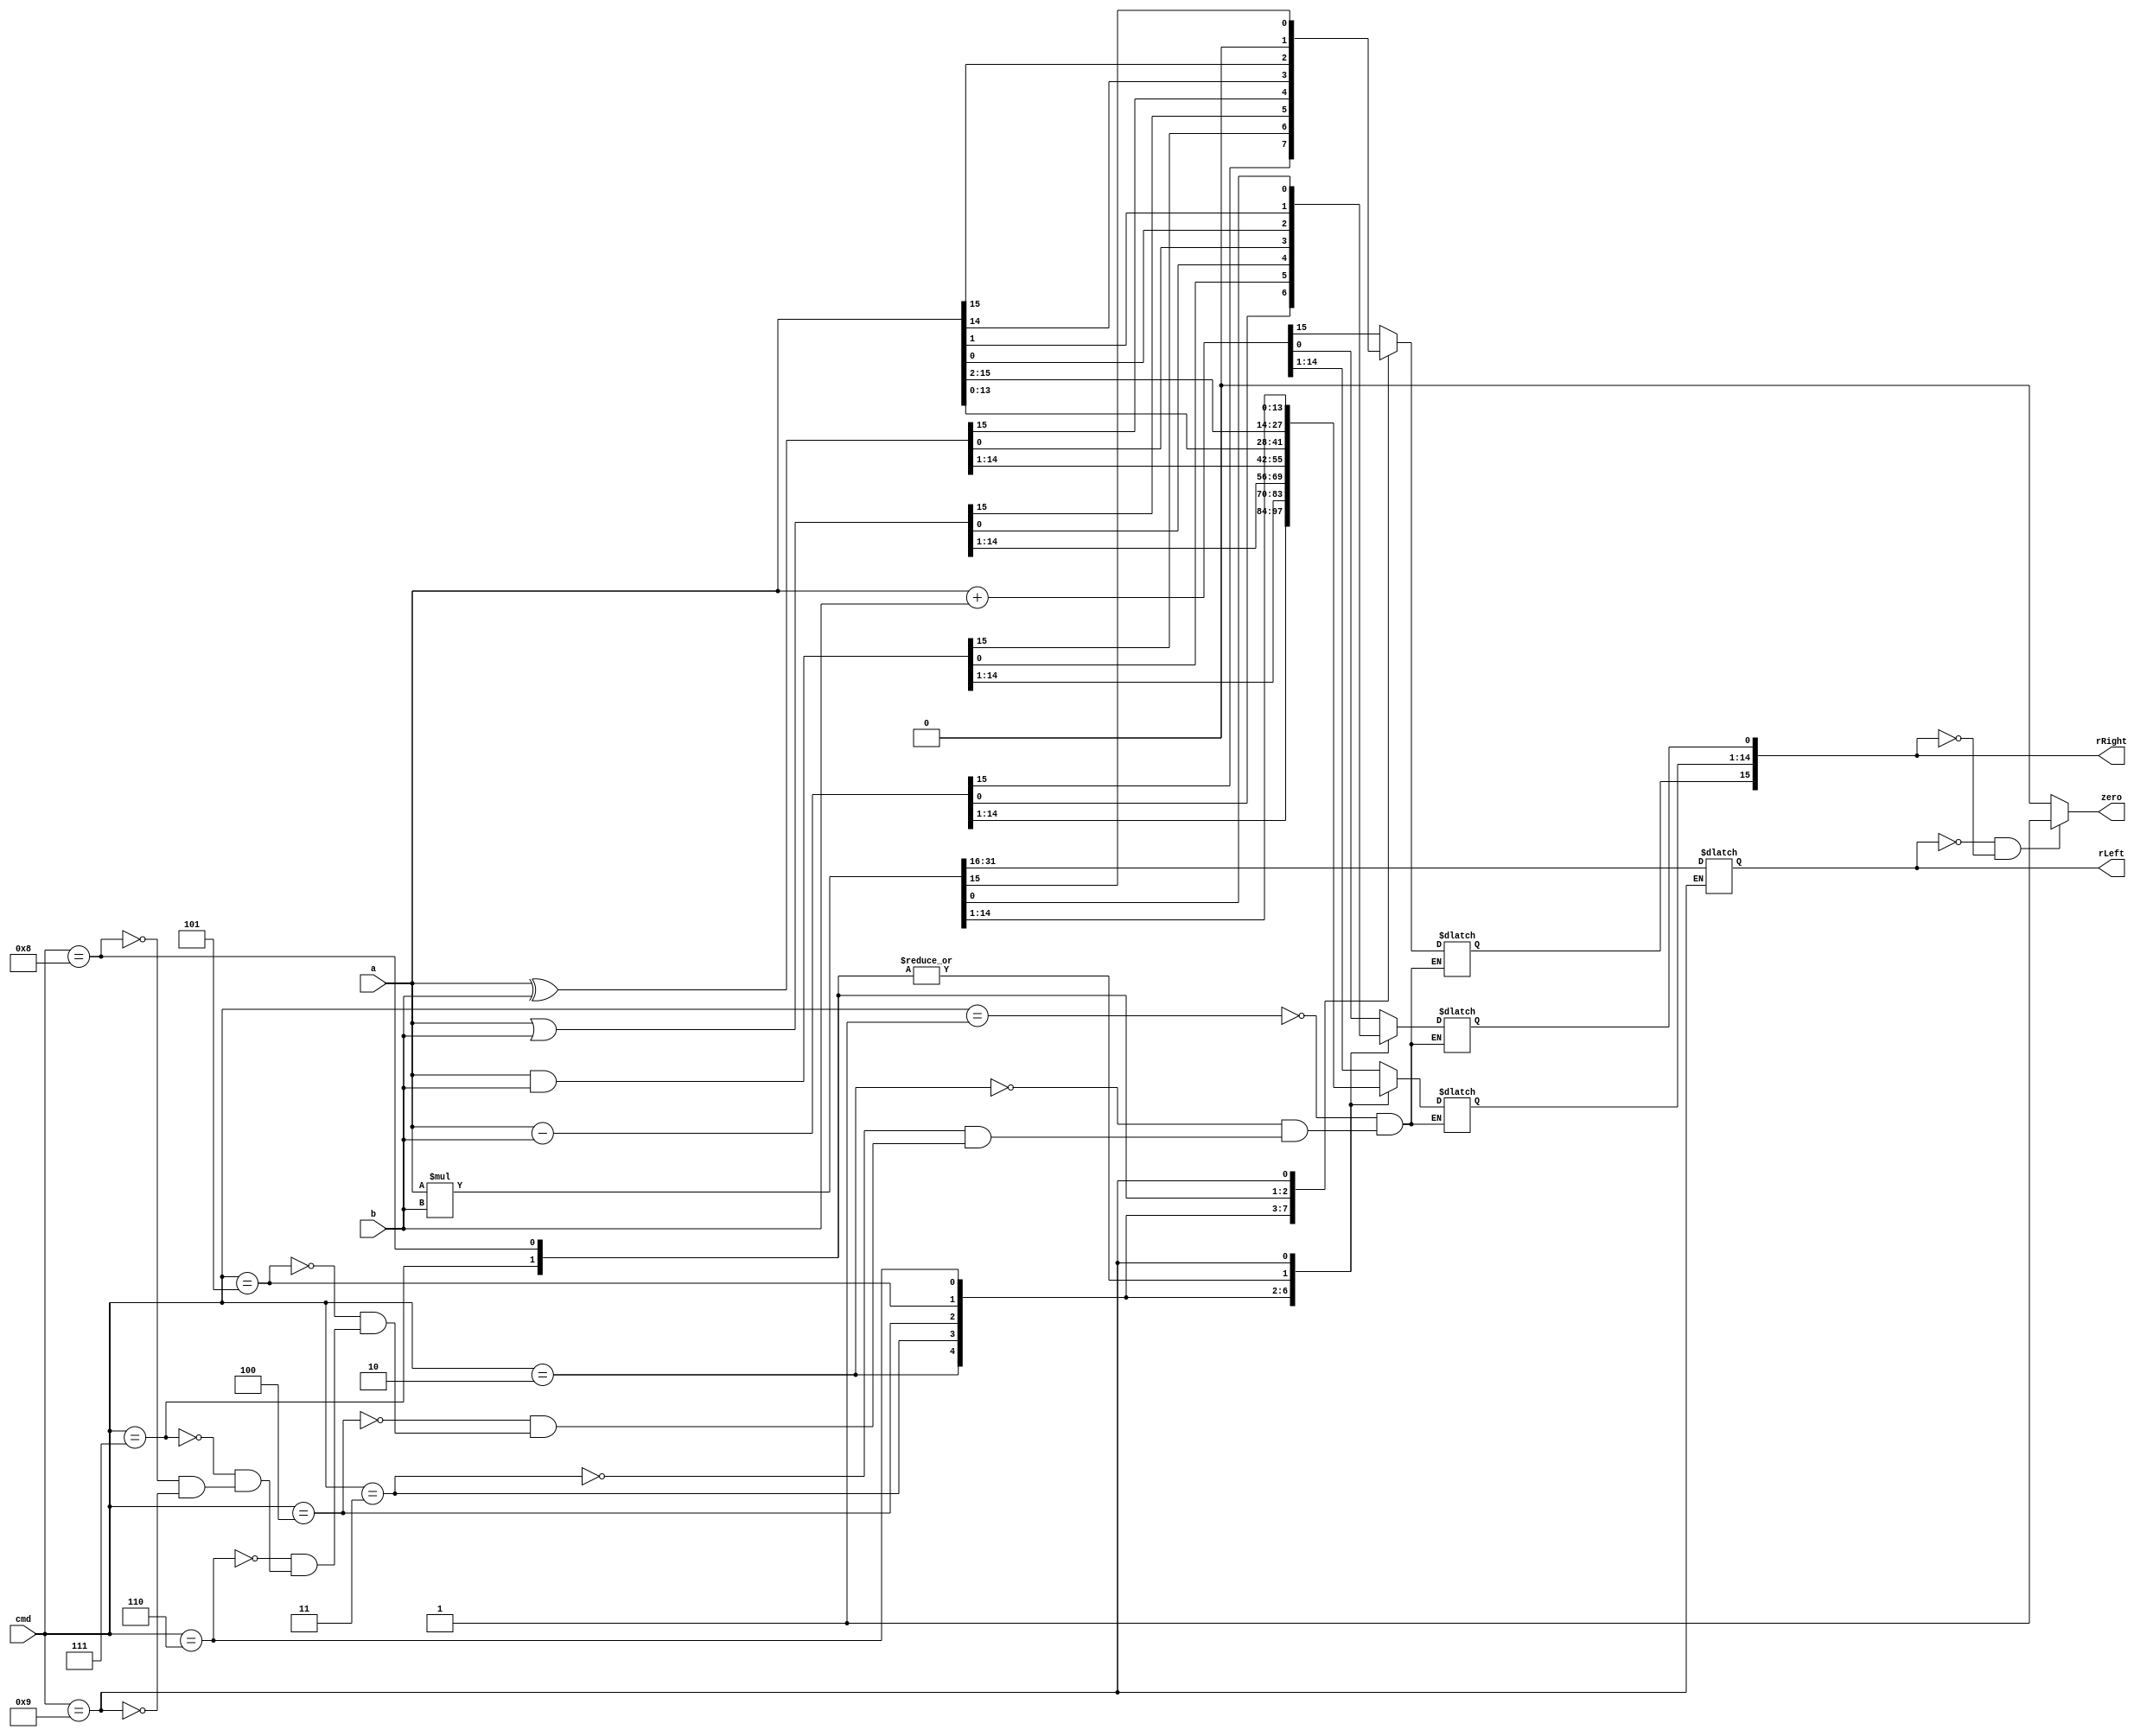
module ALU (
  input      [15:0] a,
  input      [15:0] b,
  input      [3:0]  cmd,
  output reg [15:0] rLeft,
  output reg [15:0] rRight,
  output zero
);

  always@(a, b, cmd) begin
    case(cmd) 
      //no op
       //add
      1: rRight = a + b;
      //sub
      2: rRight = a - b;
      //and
      3: rRight = a & b;
      //or
      4: rRight = a | b;
      //xor
      5: rRight = a ^ b;
      //sl
      6: begin rRight[15:1] = a[14:0]; rRight[0]=  a[0]; end
      //sr
      7: begin rRight[14:0] = a[15:1]; rRight[15] = a[15]; end
      //sru
      8: rRight = {1'b0, a[15:1] };
      //mul
      9: begin {rLeft, rRight} = a * b; end
    endcase    
  end   

  assign zero = (rLeft == 0 && rRight == 0)?1:0;
  
endmodule